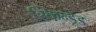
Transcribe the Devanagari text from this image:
स्किन्ड्रेड